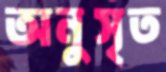
অনুসৃত